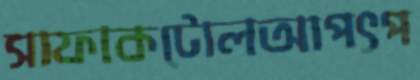
সাফাকটোলআপৎপ